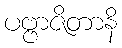
ပဗ္ဗာဇိတာနိ